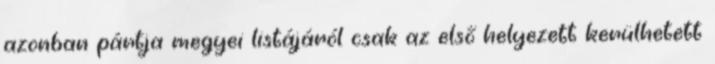
azonban pártja megyei listájáról csak az első helyezett kerülhetett